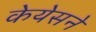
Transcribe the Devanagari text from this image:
केयेसने